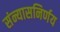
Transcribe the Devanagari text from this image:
संन्यासनिर्णय